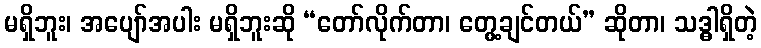
မရှိဘူး၊ အပျော်အပါး မရှိဘူးဆို “တော်လိုက်တာ၊ တွေ့ချင်တယ်” ဆိုတာ၊ သဒ္ဓါရှိတဲ့